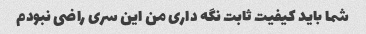
شما باید کیفیت ثابت نگه داری من این سری راضی نبودم